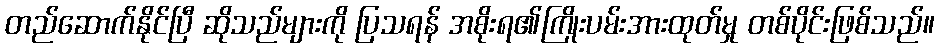
တည်ဆောက်နိုင်ပြီ ဆိုသည်များကို ပြသရန် အစိုးရ၏ကြိုးပမ်းအားထုတ်မှု တစ်ပိုင်းဖြစ်သည်။